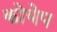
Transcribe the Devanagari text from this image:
कोयेप